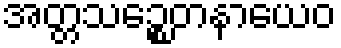
အတ္တသဉ္စေတနာယေဝ